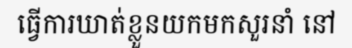
ធ្វើការឃាត់ខ្លួនយកមកសួរនាំ នៅ